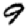
Digit: 9